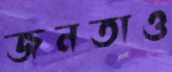
জনতাও